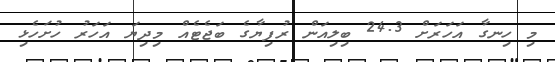
މި ހިނގާ އަހަރަށް 24.3 ބިލިއަން ރުފިޔާގެ ބަޖެޓެއް މިދިޔަ އަހަރު ހުށަހެޅި